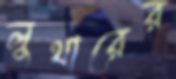
লুথারের